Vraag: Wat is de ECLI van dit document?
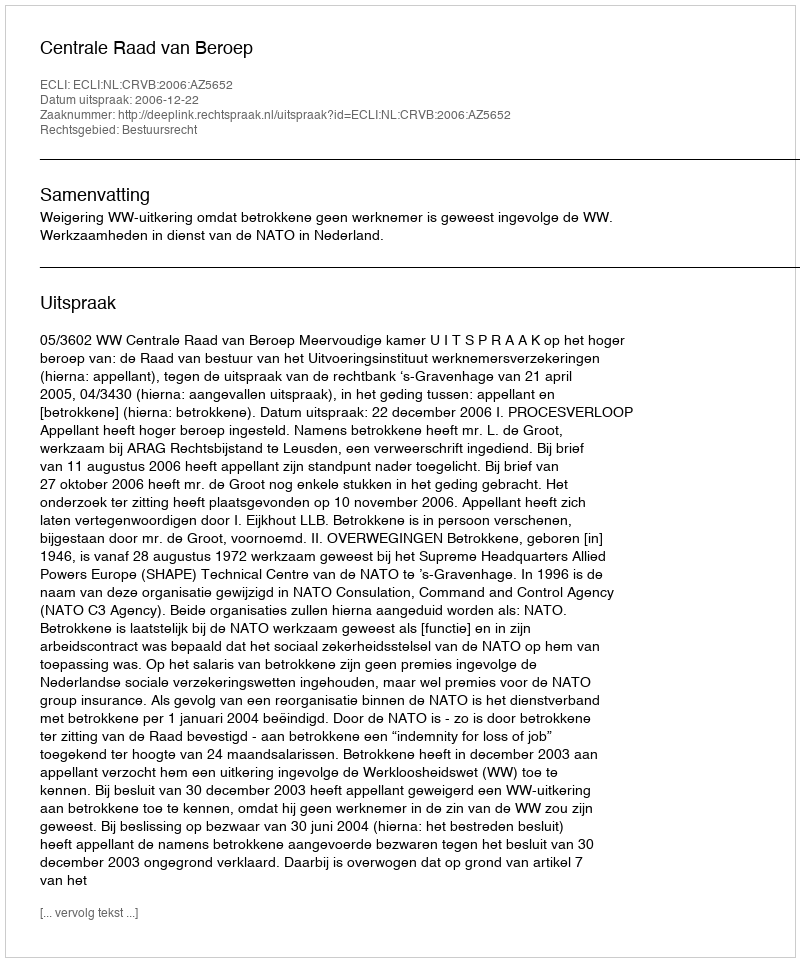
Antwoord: ECLI:NL:CRVB:2006:AZ5652